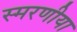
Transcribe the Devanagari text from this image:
स्मरणीया